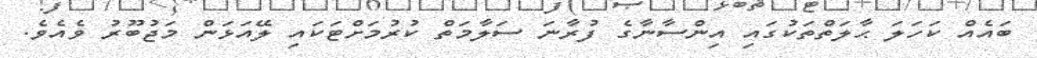
ބައެއް ކަހަލަ ޙާލަތްތަކުގައި އިންސާނާގެ ފުރާނަ ސަލާމަތް ކުރުމަށްޓަކައި ލޭއަޅަން މަޖުބޫރު ވެއެވެ.